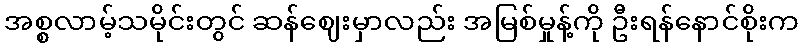
အစ္စလာမ့်သမိုင်းတွင် ဆန်ဈေးမှာလည်း အမြစ်မှုန့်ကို ဦးရန်နောင်စိုးက